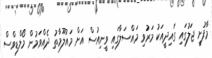
މާފުށީ ޖަލުގައި ގައިދީއަކު މަރުވި މައްސަލާގައި ވީނިއުސް އަށް މައުލޫމާތު ދެއްވަމުން މޯލްޑިވްސް